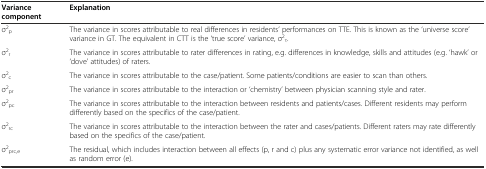
| Variance component | Explanation |
 | --- | --- |
 | σ2p | The variance in scores attributable to real differences in residents’ performances on TTE. This is known as the ‘universe score’ variance in GT. The equivalent in CTT is the ‘true score’ variance, σ2τ. |
 | σ2r | The variance in scores attributable to rater differences in rating, e.g. differences in knowledge, skills and attitudes (e.g. ‘hawk’ or ‘dove’ attitudes) of raters. |
 | σ2c | The variance in scores attributable to the case/patient. Some patients/conditions are easier to scan than others. |
 | σ2pr | The variance in scores attributable to the interaction or ‘chemistry’ between physician scanning style and rater. |
 | σ2pc | The variance in scores attributable to the interaction between residents and patients/cases. Different residents may perform differently based on the specifics of the case/patient. |
 | σ2rc | The variance in scores attributable to the interaction between the rater and cases/patients. Different raters may rate differently based on the specifics of the case/patient. |
 | σ2prc,e | The residual, which includes interaction between all effects (p, r and c) plus any systematic error variance not identified, as well as random error (e). |